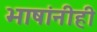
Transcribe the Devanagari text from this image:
भाषांनीही